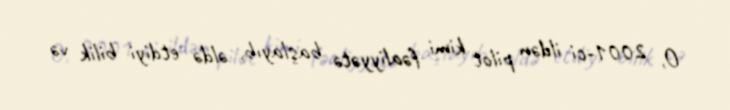
O, 2001-ci ildən pilot kimi fəaliyyətə başlayıb, əldə etdiyi bilik və